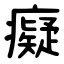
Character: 癡